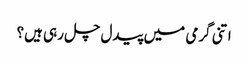
اتنی گرمی میں پیدل چل رہی ہیں؟